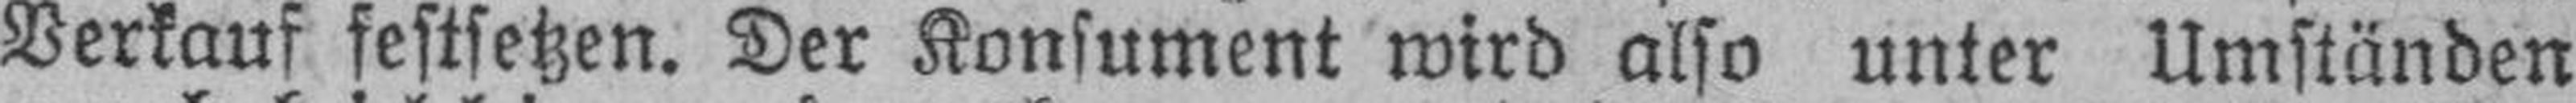
Verkauf festsetzen. Der Konsument wird also unter Umstünden